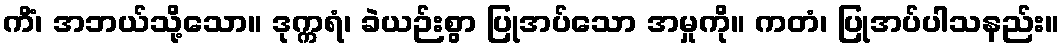
ကိံ၊ အဘယ်သို့သော။ ဒုက္ကရံ၊ ခဲယဉ်းစွာ ပြုအပ်သော အမှုကို။ ကတံ၊ ပြုအပ်ပါသနည်း။